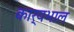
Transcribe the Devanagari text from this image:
कार्यभाल